Lock hospitals Punjab
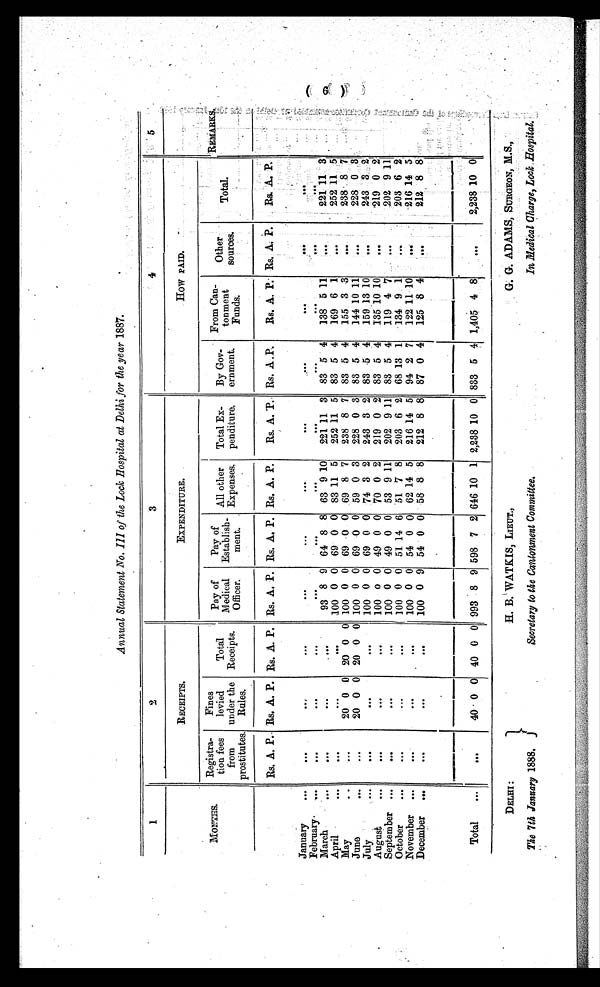
DELHI
The 7th January 1888.
H. B. WATKIS, LIEUT.,
Secretary to the Cantonment Committee.
a a ADAMS, SURGEON, M.S.,
In Medical Charge, Lock Hospital.
Annual Statement No. III of the Lock Hospital at Delhi for the year 1887.
1
2
3
4
5
MONTHS.
RECEIPTS.
EXPENDITURE.
HOW PAID.
R e g i s t r a -
tion fees
from
prostitutes.
Fines
levied
under the
Rules.
Total
Receipts.
Pay of
'
Medical
Officer.
Pap of
'
Establish-
ment.
All other
Expenses.
Total Ex-
penditure.
By Gov-
ernment.
From Can-
Funds.
Other
sources.
Total.
R E M A R K S .
Rs. A. P. Rs. A. P. Rs. A. P. Rs. A. P. Rs. A. P. Rs. A. P.
Rs. A. P. Rs. A.
P .
Rs. A. P. Rs.
A. P.
R s .
A. P.
January
...
...
. . .
. . .
. . .
. . .
. . .
. . .
. . .
. . .
February
. . .
...
...
. . .
. . .
. . .
. . . . . .
. . .
. . .
...
. . .
March
. . .
...
...
93 8 9 64 8 8 63 9 10
221 11 3
83 5 4
138 5 11
. . .
221 11 3'
April
. . .
. . .
...
100 0 0 69 0 0 83 11 5
252 11 5
83 5 4
169 6 1
...
252 11 5
May
. . .
20 0 0 20 0 0 100 0 0 69 0 0 69 8 7
238 8 7
83 5 4
155 3 3
...
238
8 7
June
. . .
2 0 0 0 20 0 0 100 0 0 69 0 0 59 0 3
228 0 3
83 5 4
144 10 11
...
228 0
3
July
. . .
...
...
100 0 0 69 0 0 74 3 2
243 3 2
83 5 4
159
1 3 10
...
243 3 2
August
. . .
...
...
100 0 0 49 0 0 70 0 2
219 0 2
83 5 4
135 10 10
...
219 0 2
September
. . .
.........
.........
100 0 0 49 0 0 53 9 11
202 9 11
83 5 4
119 4 7
...
202 9 11
October
. . .
...
...
100 0 0 51 14 6 51 7 8
203 6 2
68 13 1
134 9 1
...
203 6 2
November
. . .
...
...
100 0 0 54 0 0 62 14 5
216 14 5
94 2 7
122 11 10
. . .
216 14 5
December
. . .
...
...
100 0 9 54 0 0 58 8 8
212 8 8 87 0 4
125
8 4
. . .
212 8 8
Total
... ...
40 0 0 40 0 0 993 8 9 598 7 2 646 10 1 2,238 10 0 833 5 4 1,405 4 8
. . .
2,238 10 0
(6)